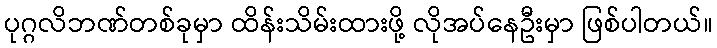
ပုဂ္ဂလိဘဏ်တစ်ခုမှာ ထိန်းသိမ်းထားဖို့ လိုအပ်နေဦးမှာ ဖြစ်ပါတယ်။